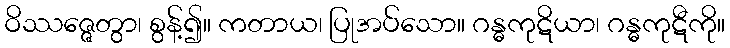
ဝိဿဇ္ဇေတွာ၊ စွန့်၍။ ကတာယ၊ ပြုအပ်သော။ ဂန္ဓကုဋိယာ၊ ဂန္ဓကုဋီကို။